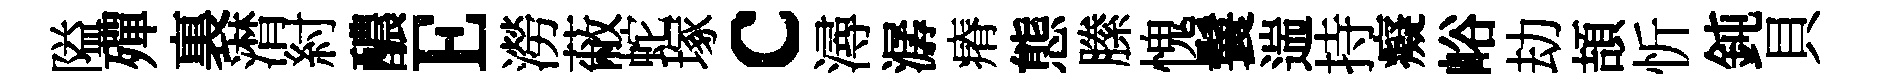
隘殫裏潸紂醲E澇蔽蛇塚c潯潺瘠態縢愧鬟遄持癡峪劫頡忻鈍貝